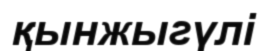
қынжыгүлі